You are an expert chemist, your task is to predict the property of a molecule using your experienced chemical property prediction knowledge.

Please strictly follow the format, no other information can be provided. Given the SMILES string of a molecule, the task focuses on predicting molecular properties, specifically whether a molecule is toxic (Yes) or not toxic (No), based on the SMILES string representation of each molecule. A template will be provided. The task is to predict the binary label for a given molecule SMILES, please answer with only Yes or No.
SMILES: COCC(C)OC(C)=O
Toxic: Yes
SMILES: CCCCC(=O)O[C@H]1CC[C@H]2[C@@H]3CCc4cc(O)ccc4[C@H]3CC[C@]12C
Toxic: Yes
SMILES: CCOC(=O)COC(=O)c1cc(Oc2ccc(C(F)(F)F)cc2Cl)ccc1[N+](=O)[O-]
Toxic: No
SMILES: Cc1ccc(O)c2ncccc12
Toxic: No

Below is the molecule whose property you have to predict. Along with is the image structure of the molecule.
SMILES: CC(C)=CCNc1ncnc2c1ncn2[C@@H]1O[C@H](CO)[C@@H](O)[C@H]1O
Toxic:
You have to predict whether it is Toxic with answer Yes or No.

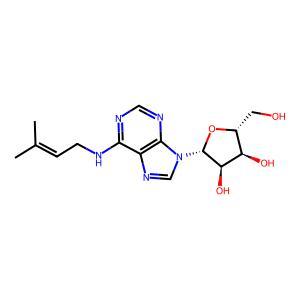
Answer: No